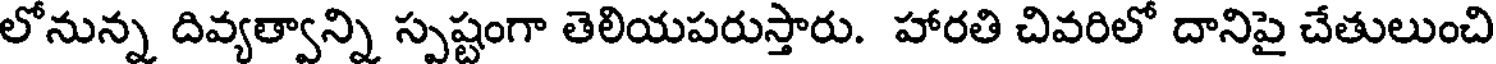
లోనున్న దివ్యత్వాన్ని స్పష్టంగా తెలియపరుస్తారు. హారతి చివరిలో దానిపై చేతులుంచి